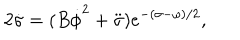
LaTeX: 2 \dot { \sigma } = ( B \dot { \phi } ^ { 2 } + \ddot { \sigma } ) e ^ { - ( \sigma - \omega ) / 2 } ,